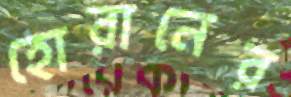
হোরানের